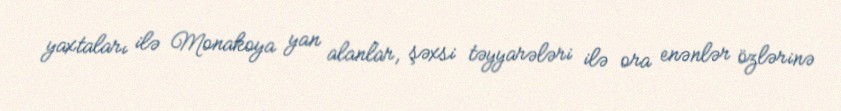
yaxtaları ilə Monakoya yan alanlar, şəxsi təyyarələri ilə ora enənlər özlərinə